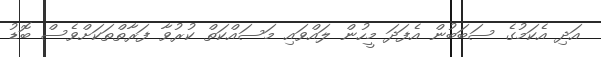
އަދި އެކަމުގެ ސަބަބުން އެފަދަ މީހުން ލައްވައި މަސައްކަތް ކުރުވާ ފަރާތްތަކަށްވެސް ބޮޑު